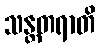
သန္တတရာတိ